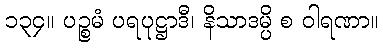
၁၃၄။ ပဉ္စမံ ပရပုဋ္ဌာဒီ၊ နိသာဒမ္ပိ စ ဝါရဏာ။